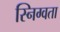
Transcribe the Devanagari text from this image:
स्निग्वता